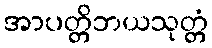
အာပတ္တိဘယသုတ္တံ